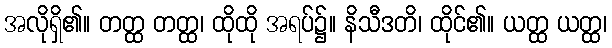
အလိုရှိ၏။ တတ္ထ တတ္ထ၊ ထိုထို အရပ်၌။ နိသီဒတိ၊ ထိုင်၏။ ယတ္ထ ယတ္ထ၊